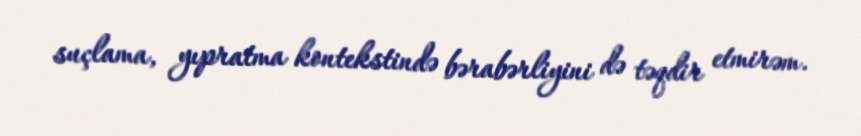
suçlama, yıpratma kontekstində bərabərliyini də təqdir etmirəm.